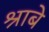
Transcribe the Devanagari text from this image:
श्राबे